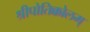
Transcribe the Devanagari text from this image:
श्रीपोतिक्कोलम्